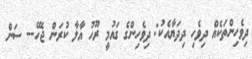
ދިވެހިންތަކެއް ދިވެހި ދިދަޔާއެކު: ދިވެހިންގެ ގައުމީ ރޫހު އާލާ ކުރަން ޖެހޭ-- ސަން